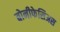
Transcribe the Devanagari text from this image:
बोनीफेसिअस